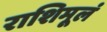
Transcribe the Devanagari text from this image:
राशिमूलं